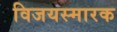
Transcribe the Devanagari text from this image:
विजयस्मारक